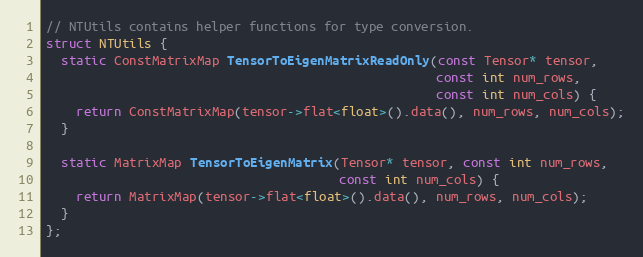
Language: C
// NTUtils contains helper functions for type conversion.
struct NTUtils {
  static ConstMatrixMap TensorToEigenMatrixReadOnly(const Tensor* tensor,
                                                    const int num_rows,
                                                    const int num_cols) {
    return ConstMatrixMap(tensor->flat<float>().data(), num_rows, num_cols);
  }

  static MatrixMap TensorToEigenMatrix(Tensor* tensor, const int num_rows,
                                       const int num_cols) {
    return MatrixMap(tensor->flat<float>().data(), num_rows, num_cols);
  }
};